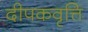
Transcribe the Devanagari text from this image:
दीपकवृत्ति